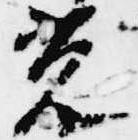
光